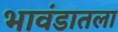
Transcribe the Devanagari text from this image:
भावंडातला